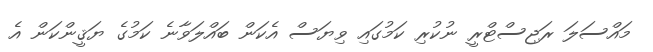
މައްސަލަ ރަޖިސްޓްރީ ނުކުރި ކަމުގައި ވިޔަސް އެކަން ބައްލަވާނެ ކަމުގެ ޔަޤީންކަން އެ